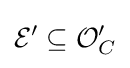
{\mathcal {E}}'\subseteq {\mathcal {O}}'_{C}